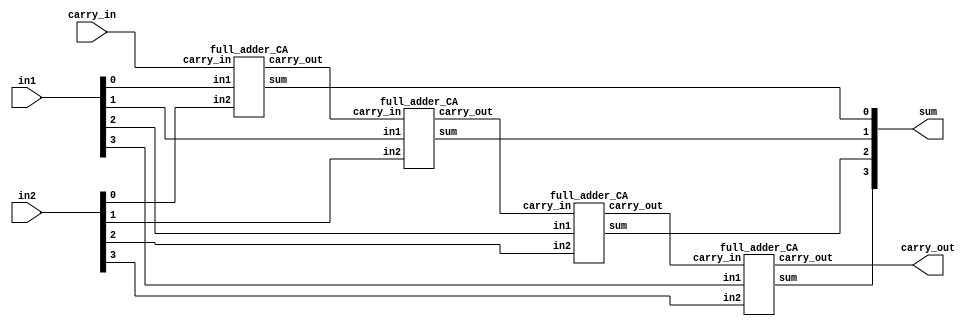
//Developed by: Aashi Srivastava
// TITLE: 4-bit parallel adder
module parallel_adder (
    sum,carry_out,in1,in2,carry_in
);
    input [3:0] in1, in2;
    output [3:0]sum;
    output carry_out;
    input carry_in;
    wire [2:0] wire1;

    full_adder_CA f1(sum[0],wire1[0],in1[0],in2[0],carry_in);
    
    full_adder_CA f2(sum[1],wire1[1],in1[1],in2[1],wire1[0]);
    
    full_adder_CA f3(sum[2],wire1[2],in1[2],in2[2],wire1[1]);
    
    full_adder_CA f4(sum[3],carry_out,in1[3],in2[3],wire1[2]);

endmodule

module full_adder_CA(
    sum,carry_out,in1,in2,carry_in
);
input in1,in2, carry_in;
output sum, carry_out;
wire wire1, wire2, wire3;
assign sum=(in1^in2)^carry_in;
assign carry_out=(in1 & in2)|(in2 & carry_in)|(carry_in & in1);
endmodule